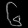
Digit: ၆